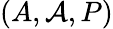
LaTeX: (A,{\mathcal{A}},P)